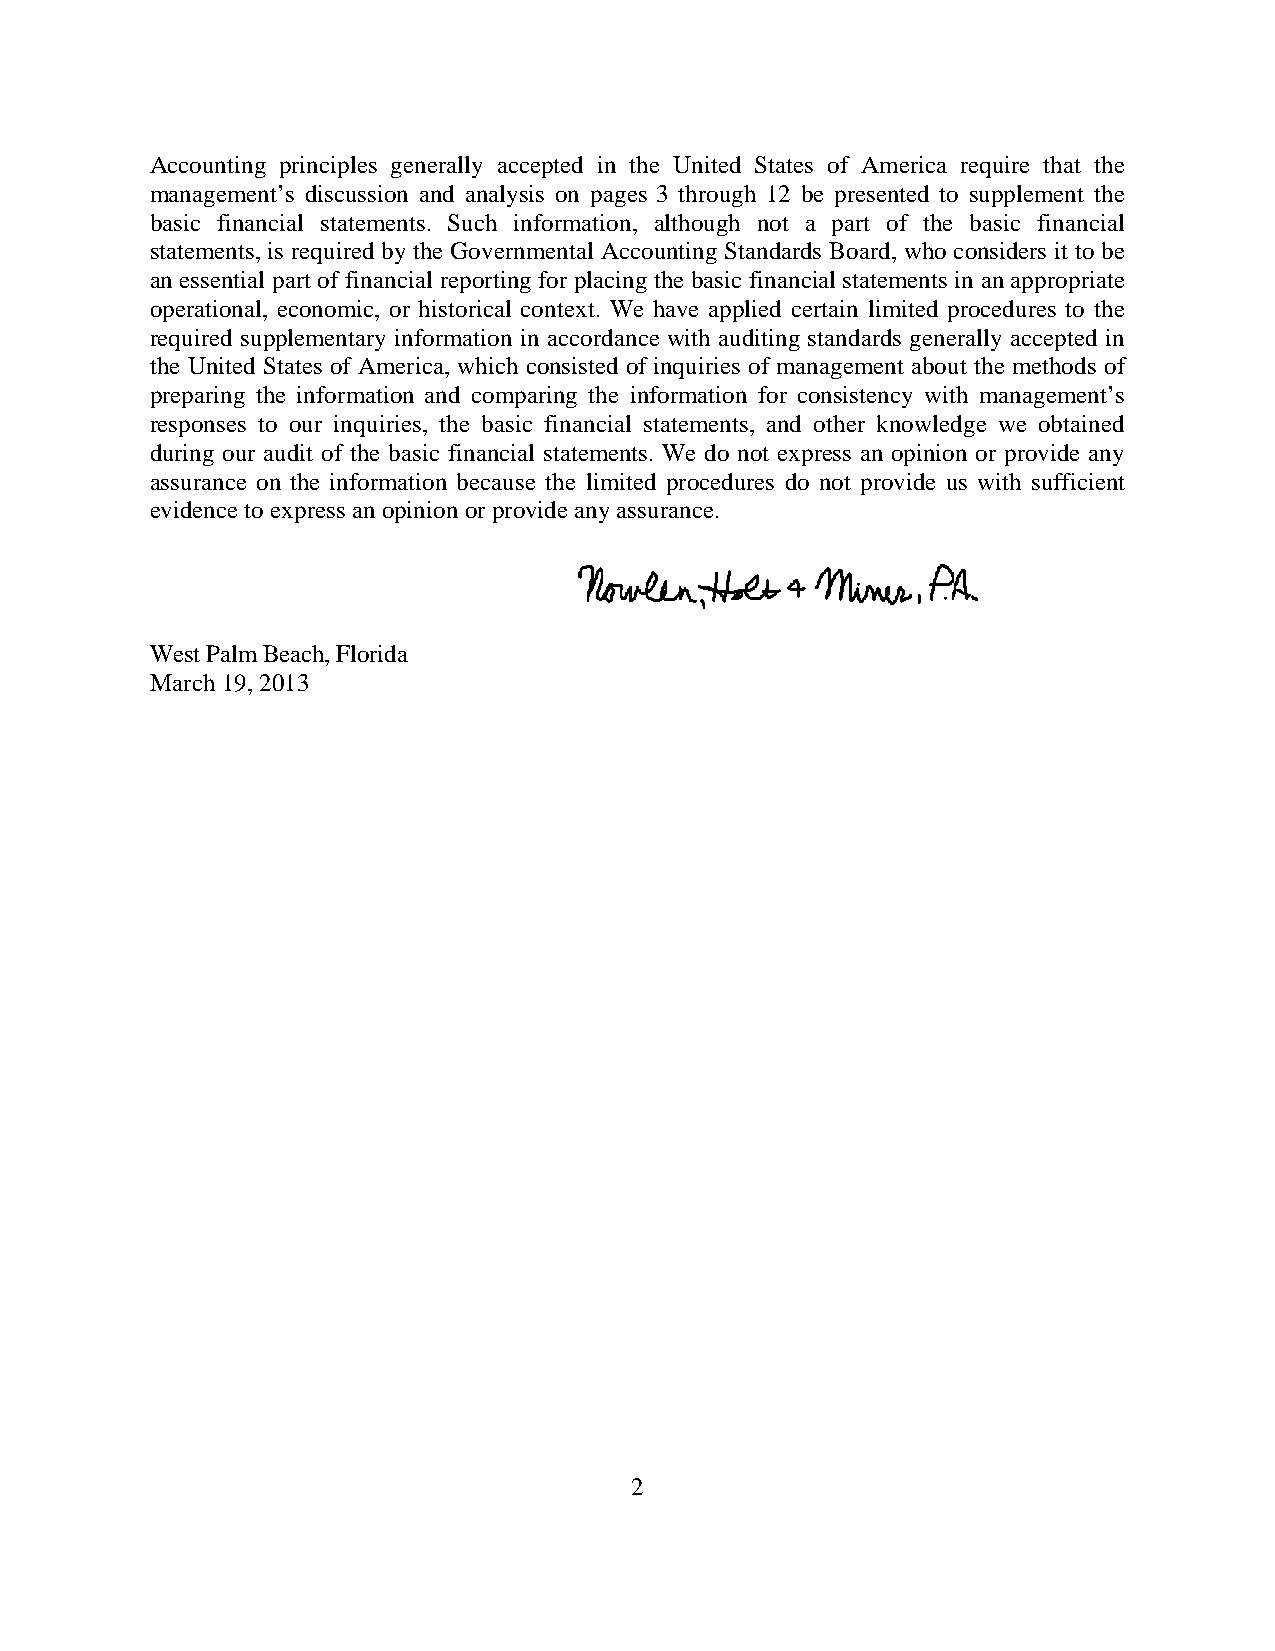
Accounting principles generally accepted in the United States of America require that the
 management’s discussion and analysis on pages 3 through 12 be presented to supplement the
 basic financial statements. Such information, although not a part of the basic financial
 statements, is required by the Governmental Accounting Standards Board, who considers it to be
 an essential part of financial reporting for placing the basic financial statements in an appropriate
 operational, economic, or historical context. We have applied certain limited procedures to the
 required supplementary information in accordance with auditing standards generally accepted in
 the United States of America, which consisted of inquiries of management about the methods of
 preparing the information and comparing the information for consistency with management’s
 responses to our inquiries, the basic financial statements, and other knowledge we obtained
 during our audit of the basic financial statements. We do not express an opinion or provide any
 assurance on the information because the limited procedures do not provide us with sufficient
 evidence to express an opinion or provide any assurance.
 West Palm Beach, Florida
 March 19, 2013
 2